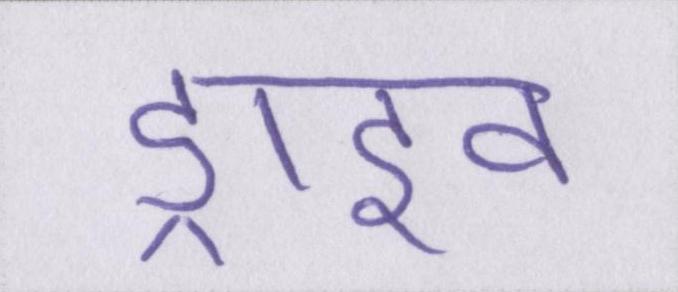
ड्राइव